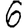
Digit: 6